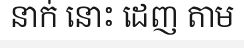
នាក់ នោះ ដេញ តាម